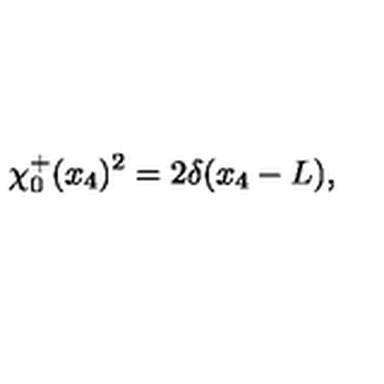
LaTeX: \chi _ { 0 } ^ { + } ( x _ { 4 } ) ^ { 2 } = 2 \delta ( x _ { 4 } - L ) ,